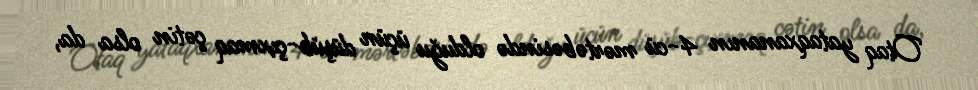
Otaq yataqxananın 4-cü mərtəbəsində olduğu üçün düşüb-çıxmaq çətin olsa da,